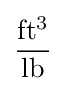
{\frac {\mathrm {ft^{3}} }{\mathrm {lb} }}